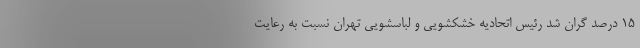
۱۵ درصد گران شد رئیس اتحادیه خشکشویی و لباسشویی تهران نسبت به رعایت